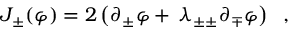
J _ { \pm } ( \varphi ) = 2 \left( \partial _ { \pm } \varphi + \, \lambda _ { \pm \pm } \partial _ { \mp } \varphi \right) \; \; ,